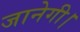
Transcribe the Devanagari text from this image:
जानेगी।